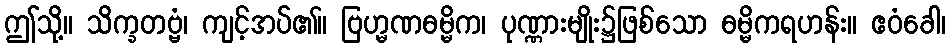
ဤသို့။ သိက္ခတဗ္ဗံ၊ ကျင့်အပ်၏။ ဗြဟ္မဏဓမ္မိက၊ ပုဏ္ဏားမျိုး၌ဖြစ်သော ဓမ္မိကရဟန်း။ ဧဝံခေါ၊